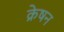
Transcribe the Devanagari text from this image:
क्रेषन